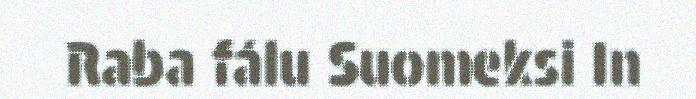
Raba fálu Suomeksi In